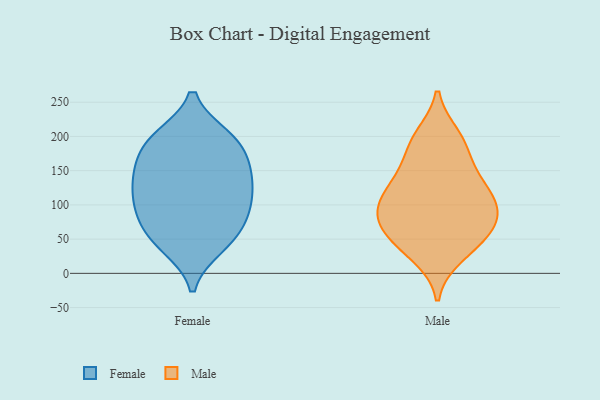
{"axis": {"x": "Demand Index", "y": "Value"}, "legend": ["Female", "Male"], "data": [{"x": "", "y": 199, "type": "Female"}, {"x": "", "y": 49, "type": "Female"}, {"x": "", "y": 187, "type": "Female"}, {"x": "", "y": 139, "type": "Female"}, {"x": "", "y": 199, "type": "Female"}, {"x": "", "y": 108, "type": "Female"}, {"x": "", "y": 45, "type": "Female"}, {"x": "", "y": 130, "type": "Female"}, {"x": "", "y": 150, "type": "Female"}, {"x": "", "y": 193, "type": "Female"}, {"x": "", "y": 139, "type": "Female"}, {"x": "", "y": 39, "type": "Female"}, {"x": "", "y": 88, "type": "Female"}, {"x": "", "y": 103, "type": "Female"}, {"x": "", "y": 74, "type": "Female"}, {"x": "", "y": 86, "type": "Female"}, {"x": "", "y": 163, "type": "Female"}, {"x": "", "y": 88, "type": "Male"}, {"x": "", "y": 193, "type": "Male"}, {"x": "", "y": 133, "type": "Male"}, {"x": "", "y": 200, "type": "Male"}, {"x": "", "y": 131, "type": "Male"}, {"x": "", "y": 91, "type": "Male"}, {"x": "", "y": 26, "type": "Male"}, {"x": "", "y": 109, "type": "Male"}, {"x": "", "y": 105, "type": "Male"}, {"x": "", "y": 58, "type": "Male"}, {"x": "", "y": 71, "type": "Male"}, {"x": "", "y": 39, "type": "Male"}, {"x": "", "y": 146, "type": "Male"}, {"x": "", "y": 84, "type": "Male"}, {"x": "", "y": 52, "type": "Male"}, {"x": "", "y": 182, "type": "Male"}]}